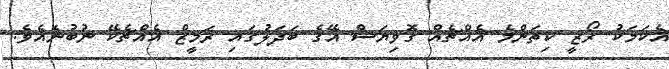
އެކަމަކު ރޯޒީ ކިތަންމެ އެއްޗެއް ގޮވިޔަސް އޭގެ ބަދަލުގައި ރަމީޒް އެއްޗެކޭ ނުބުނެއެވެ.